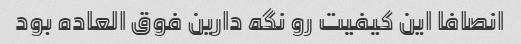
انصافا این کیفیت رو نگه دارین فوق العاده بود